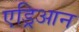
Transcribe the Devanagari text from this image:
एड्रिआन